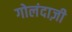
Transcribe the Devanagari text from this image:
गोलंदाज़ी